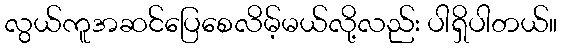
လွယ်ကူအဆင်ပြေစေလိမ့်မယ်လို့လည်း ပါရှိပါတယ်။